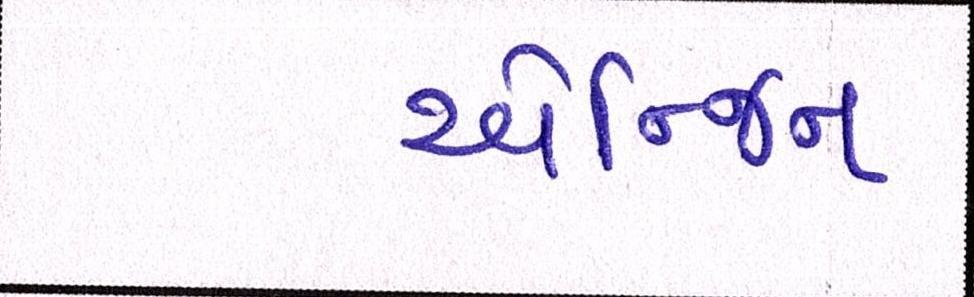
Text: એન્જિન